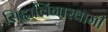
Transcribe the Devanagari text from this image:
सिद्दालिंगास्वामी